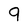
Character: 9